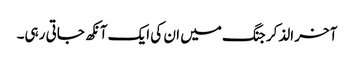
آخر الذکر جنگ میں ان کی ایک آنکھ جاتی رہی۔